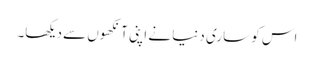
اس کو ساری دنیا نے اپنی آنکھوں سے دیکھا۔